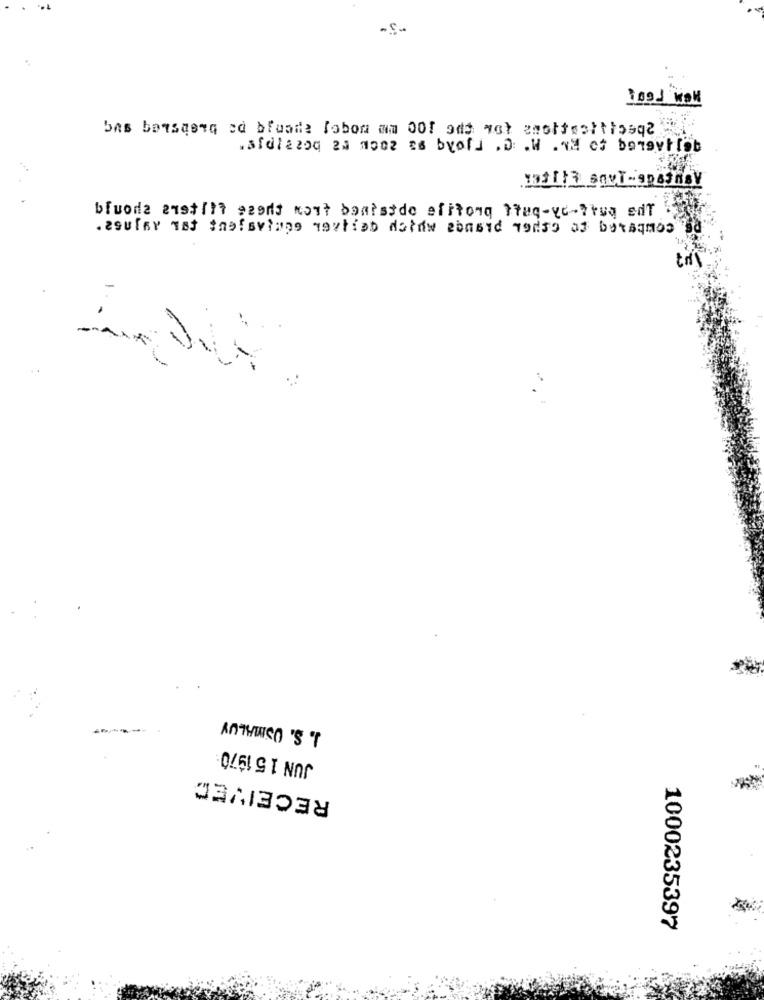
169J WOW
bas bansaara ad blusde Tobon am 001 add wat emottooltipsql
sfdiarna za Hoor as byofd .D .W .am et beievtlob
bluode anstift szent mont boatside efftong ttuq-ye-truq edt
. 29UlBY Ts Inofslane mortiab dataw abasid Todas as buraquos
J. S. OSMALUY
JUN 151970
RECEIVED
1000235397